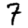
Digit: 7